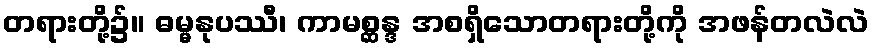
တရားတို့၌။ ဓမ္မနုပဿီ၊ ကာမစ္ဆန္ဒ အစရှိသောတရားတို့ကို အဖန်တလဲလဲ